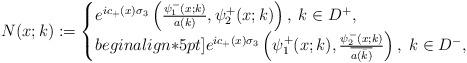
LaTeX: \begin{align*} N(x;k):=\begin{cases} e^{ic_+(x)\sigma_3}\left(\frac{\psi_1^-(x;k)}{a(k)}, \psi_2^+(x;k)\right), \; k\in D^+,\\begin{align*}5pt] e^{ic_+(x)\sigma_3}\left(\psi_1^+(x;k),\frac{\psi_2^-(x;k)}{\overline{a(\bar{k})}}\right), \; k\in D^-, \end{cases} \end{align*}